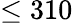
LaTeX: \leq 310